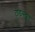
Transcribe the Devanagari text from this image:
टीडब्ल्यूए